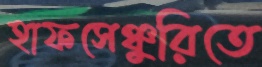
হাফসেঞ্চুরিতে